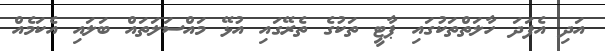
އަދި އެފަދަ ހާލަތްތަކުގައި ޕާޓީ ތަކުގެ ތެރޭގައި އުޅޭ މައްސަލަތައް ބަލައި އެކަމެއް